Report on sanitation, dispensaries, and jails in Rajputana for 1909, and on vaccination for the year 1909-1910 - 1909-1910
Year: 1909
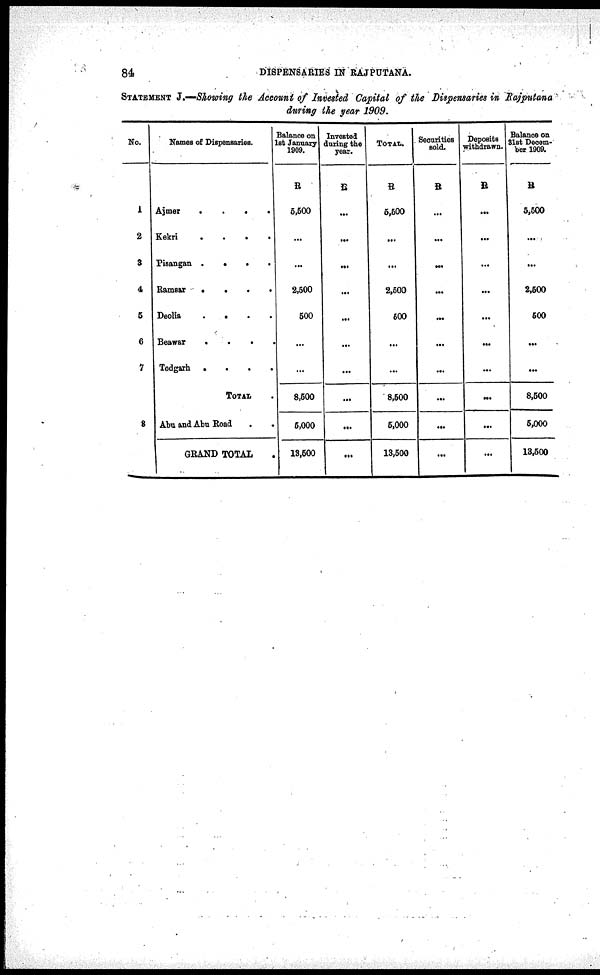
84
DISPENSARIES IN RAJPUTANA.
STATEMENT J.—Showing the Account of Invested Capital of the Dispensaries in Rajputana
during the year 1909.
No.
1
2
3
4
5
6
7
8
Names of Dispensaries.
Ajmer
.
.
.
.
Kekri
.
.
.
.
Pisangan
.
.
. .
Ramsar
.
.
.
.
Deolia
. . . .
Beawar
.
.
. .
Todgarh .
.
.
.
TOTAL .
Abu and Abu Road
.
.
GRAND TOTAL .
Balance on
1st January
1909.
R
5,500
...
...
2,500
500
...
...
8,500
5,000
13,500
Invested
during the
year.
R
...
...
...
...
...
...
...
...
...
...
TOTAL
R
5,500
...
...
2,500
500
...
...
8,500
5,000
13,500
Securities
sold.
R
...
...
...
...
...
...
...
...
...
. ..
Deposits
withdrawn.
R
...
...
...
...
...
...
...
...
...
...
Balance on
31st Decem-
ber 1909.
R
5,500
...
...
2,500
500
...
...
8,500
5,000
13,500